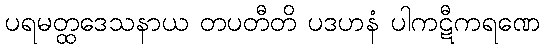
ပရမတ္ထဒေသနာယ တပတီတိ ပဒဟနံ ပါကဋီကရဏေ